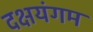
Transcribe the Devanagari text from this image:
दक्षयंगम